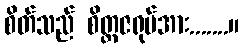
စိတ်သည် စိတ္တဇရုပ်အား.......။